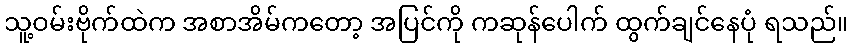
သူ့ဝမ်းဗိုက်ထဲက အစာအိမ်ကတော့ အပြင်ကို ကဆုန်ပေါက် ထွက်ချင်နေပုံ ရသည်။